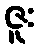
ဇူး